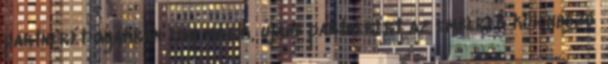
partnerét gyakran egy másik, újabb partnerért az emberek különböző